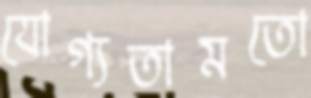
যোগ্যতামতো